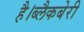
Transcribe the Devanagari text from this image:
है।ब्लैकबेरी